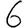
Digit: 6